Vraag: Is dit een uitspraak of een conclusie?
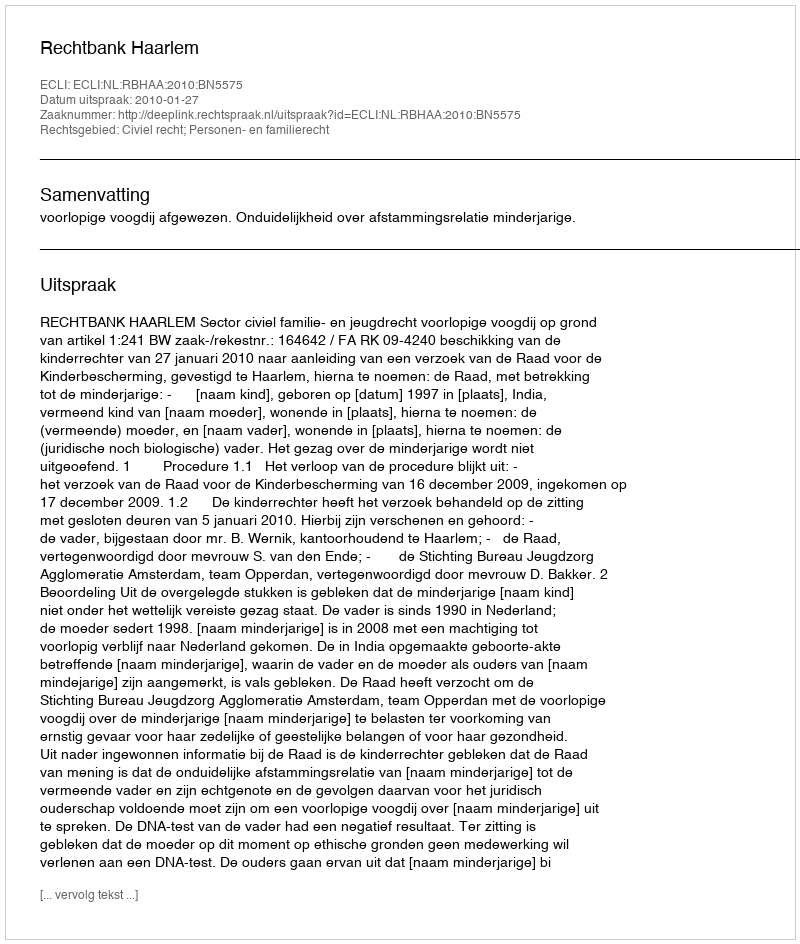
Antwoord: Uitspraak